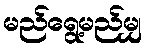
မည်ရွေ့မည်မျှ